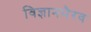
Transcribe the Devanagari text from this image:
विज्ञानभैरव